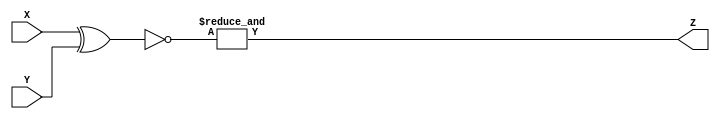
module equals(X,Y,Z);
   // set the parameter for the width of this equals
   parameter N = 32;
   
	//port definitions
	input  wire [(N-1):0] X, Y;
	output wire Z;

   wire [(N-1):0] xnor_result;
   assign xnor_result = ~(X ^ Y); // XNOR tests if bits are equal
   assign Z = & xnor_result; // return 1 if all bits were equal

endmodule